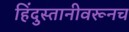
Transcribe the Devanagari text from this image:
हिंदुस्तानीवरूनच